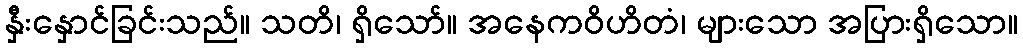
နှီးနှောင်ခြင်းသည်။ သတိ၊ ရှိသော်။ အနေကဝိဟိတံ၊ များသော အပြားရှိသော။